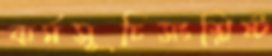
কর্মসূচিসংশ্লিষ্ট